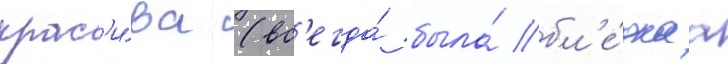
крас'и́ва (вс'егда́ была́ бл'е́днаа